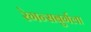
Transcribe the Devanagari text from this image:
रेगन्सबुर्गला